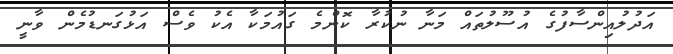
އަދުލުއިންސާފުގެ އުސޫލުތައް މަނާ ނުކުރާ ކޮންމެ ގައުމަކާ އެކު ވެސް އަޅުގަނޑުމެން ވާނީ